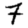
Digit: 7